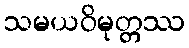
သမယဝိမုတ္တဿ